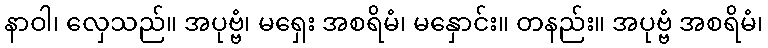
နာဝါ၊ လှေသည်။ အပုဗ္ဗံ၊ မရှေး အစရိမံ၊ မနှောင်း။ တနည်း။ အပုဗ္ဗံ အစရိမံ၊